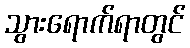
သွားရောက်ရာတွင်